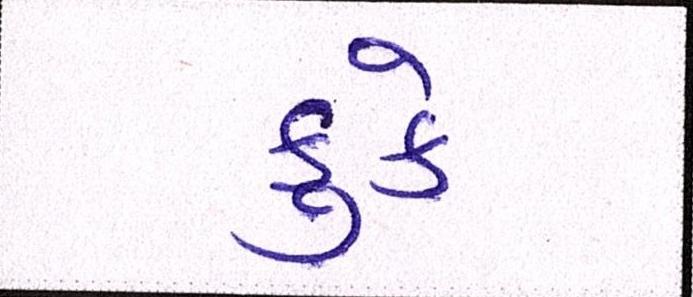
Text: કુકે